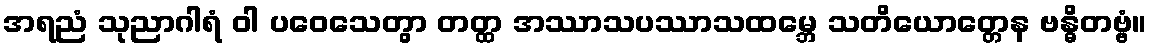
အရညံ သုညာဂါရံ ဝါ ပဝေသေတွာ တတ္ထ အဿာသပဿာသထမ္ဘေ သတိယောတ္တေန ဗန္ဓိတဗ္ဗံ။